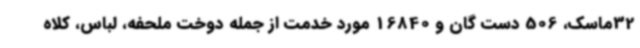
32ماسک، 506 دست گان و 16840 مورد خدمت از جمله دوخت ملحفه، لباس، کلاه